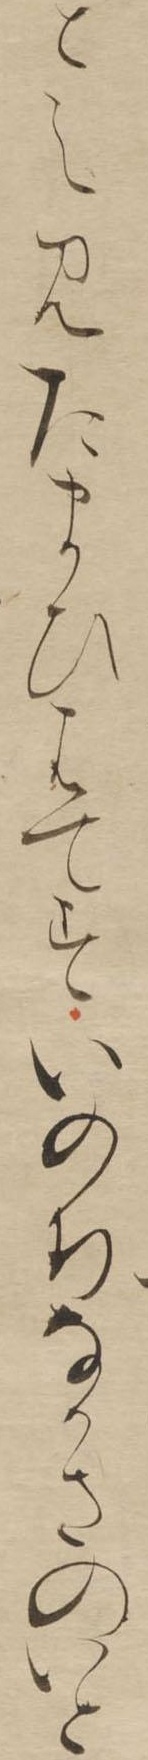
とえ見たまひはてすいのちなかさのいと